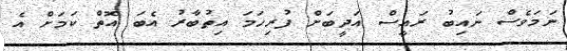
ނަމަވެސް ނައިބު ރައީސް އަދީބަށް ފުރިހަމަ އިތުބާރު އެބަ އޮތް ކަމަށް އެ